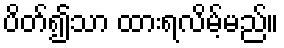
ပိတ်၍သာ ထားရလိမ့်မည်။